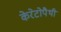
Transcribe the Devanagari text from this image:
केरेटोपैथी